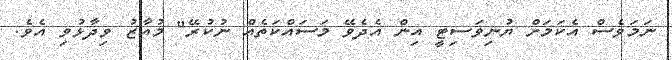
ނަމަވެސް އެކަމަށް ޔުނިވަސިޓީ އިން އެދެވޭ މަސައްކަތެއް ނުކުރޭ" މުއާޒު ވިދާޅުވި އެވެ.